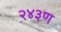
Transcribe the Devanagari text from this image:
२४३ण